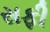
સફી